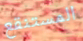
المستنقع